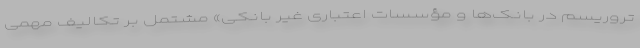
تروریسم در بانک‌ها و مؤسسات اعتباری غیر بانکی» مشتمل بر تکالیف مهمی